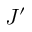
J ^ { \prime }